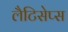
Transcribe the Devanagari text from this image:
लैटिसेप्स